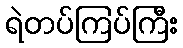
ရဲတပ်ကြပ်ကြီး